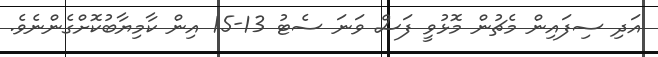
އަދި ސިފައިން މެޗުން މޮޅުވީ ފަސް ވަނަ ސެޓު 13-15 އިން ކާމިޔާބުކޮށްގެންނެވެ.